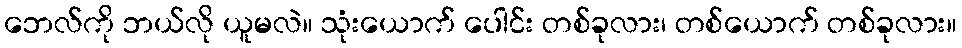
ဘေလ်ကို ဘယ်လို ယူမလဲ။ သုံးယောက် ပေါင်း တစ်ခုလား၊ တစ်ယောက် တစ်ခုလား။